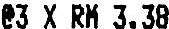
@3 X RM 3.38